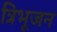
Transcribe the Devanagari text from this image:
त्रिभूजन